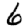
Digit: 6